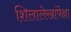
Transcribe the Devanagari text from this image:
शिलालेखांपेक्षा